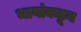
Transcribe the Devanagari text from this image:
भागांकडून